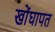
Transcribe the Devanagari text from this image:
खोंघापत